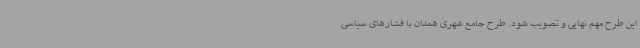
این طرح مهم نهایی و تصویب شود. طرح جامع شهری همدان با فشارهای سیاسی